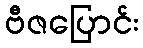
ဗီဇပြောင်း